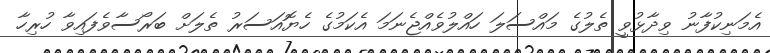
އެމަނިކުފާނު ވިދާޅުވީ ތެލުގެ މައްސަލަ ހައްލުވެއްޖެނަމަ އެކަމުގެ ހެޔޮއަސަރު ތެލަށް ބަރޯސާވެފައިވާ ހުރިހާ